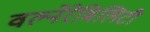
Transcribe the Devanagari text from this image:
वल्नेरेबिलिटी